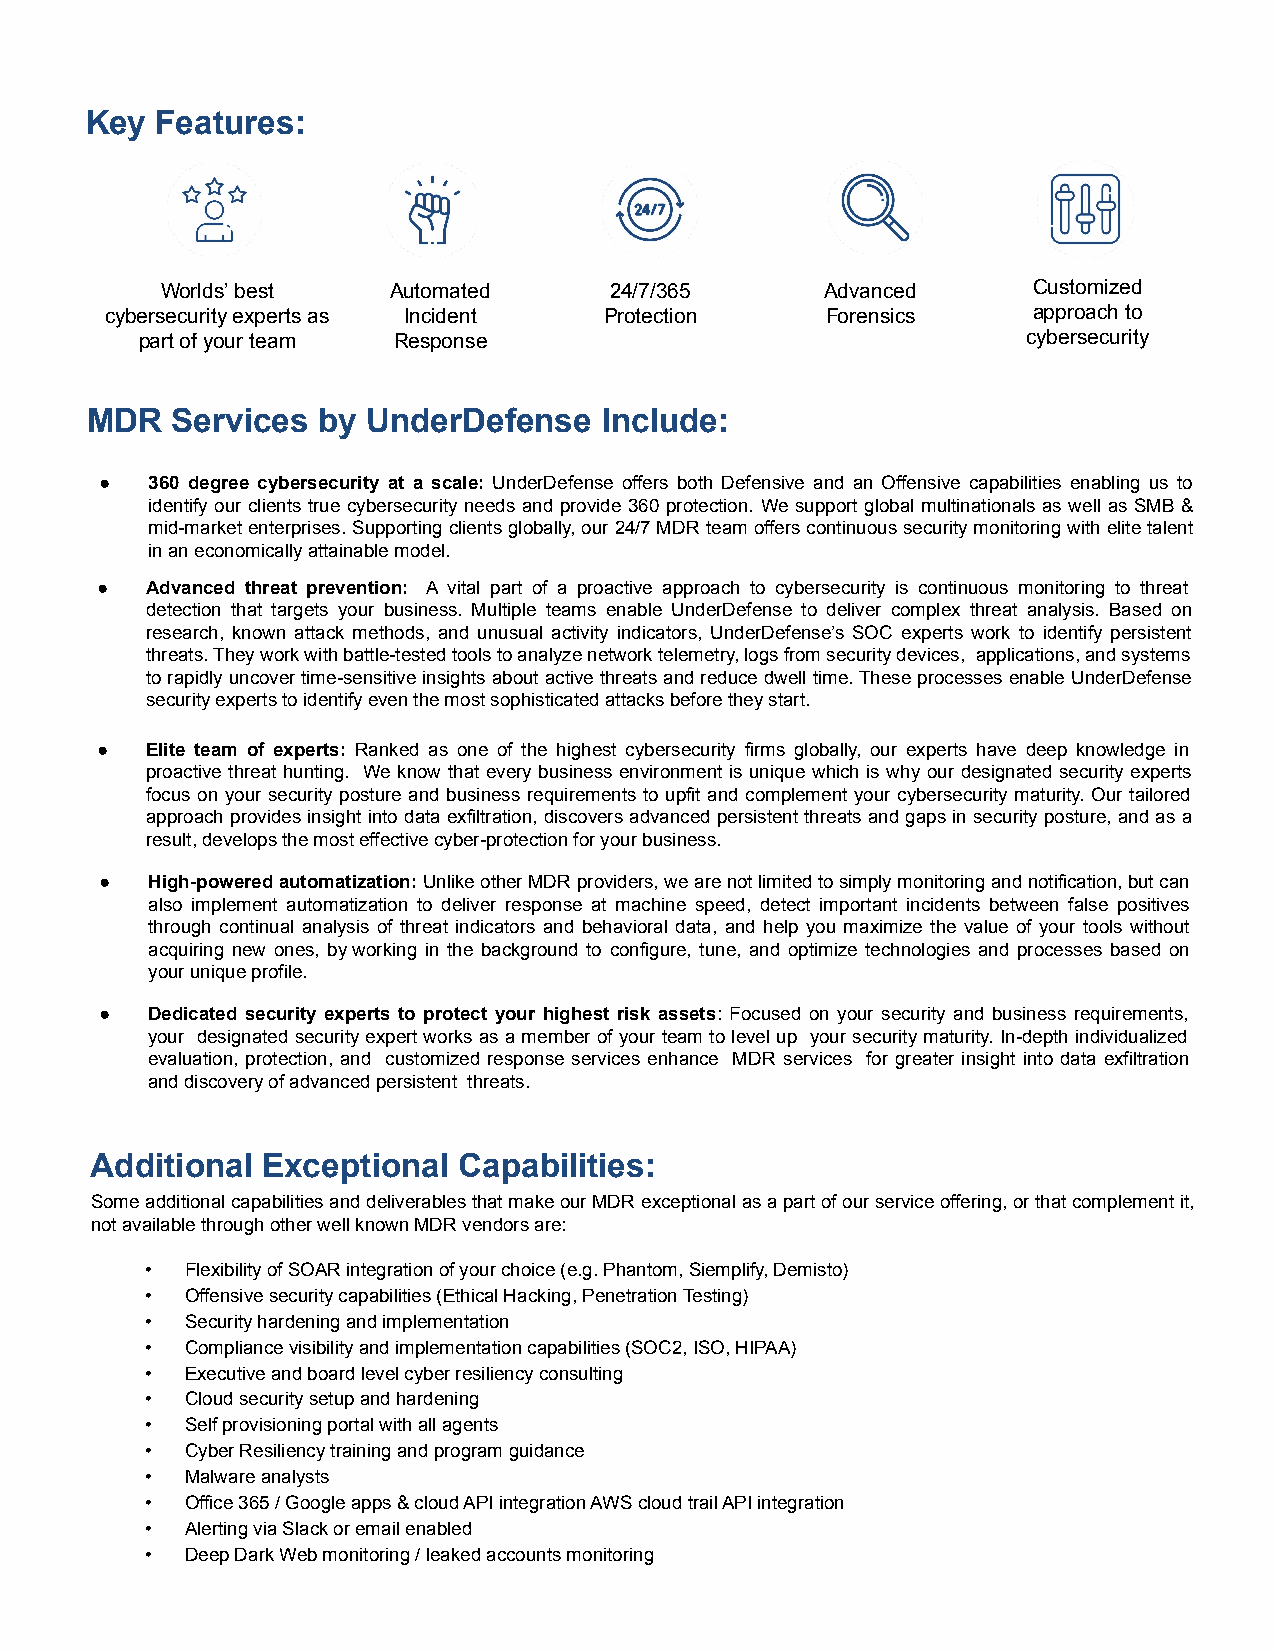
Key Features:
 Worlds’ best   Automated     24/7/365       Advanced     Customized
 cybersecurity experts as Incident Protection    Forensics    approach to
 part of your team Response                                 cybersecurity
 MDR  Services  by UnderDefense    Include:
 ●  360 degree cybersecurity at a scale: UnderDefense offers both Defensive and an Offensive capabilities enabling us to
 identify our clients true cybersecurity needs and provide 360 protection. We support global multinationals as well as SMB &
 mid-market enterprises. Supporting clients globally, our 24/7 MDR team offers continuous security monitoring with elite talent
 in an economically attainable model.
 ●   Advanced threat prevention: A vital part of a proactive approach to cybersecurity is continuous monitoring to threat
 detection that targets your business. Multiple teams enable UnderDefense to deliver complex threat analysis. Based on
 research, known attack methods, and unusual activity indicators, UnderDefense’s SOC experts work to identify persistent
 threats. They work with battle-tested tools to analyze network telemetry, logs from security devices, applications, and systems
 to rapidly uncover time-sensitive insights about active threats and reduce dwell time. These processes enable UnderDefense
 security experts to identify even the most sophisticated attacks before they start.
 ●   Elite team of experts: Ranked as one of the highest cybersecurity firms globally, our experts have deep knowledge in
 proactive threat hunting. We know that every business environment is unique which is why our designated security experts
 focus on your security posture and business requirements to upfit and complement your cybersecurity maturity. Our tailored
 approach provides insight into data exfiltration, discovers advanced persistent threats and gaps in security posture, and as a
 result, develops the most effective cyber-protection for your business.
 ●  High-powered automatization: Unlike other MDR providers, we are not limited to simply monitoring and notification, but can
 also implement automatization to deliver response at machine speed, detect important incidents between false positives
 through continual analysis of threat indicators and behavioral data, and help you maximize the value of your tools without
 acquiring new ones, by working in the background to configure, tune, and optimize technologies and processes based on
 your unique profile.
 ●  Dedicated security experts to protect your highest risk assets: Focused on your security and business requirements,
 your designated security expert works as a member of your team to level up your security maturity. In-depth individualized
 evaluation, protection, and customized response services enhance MDR services for greater insight into data exfiltration
 and discovery of advanced persistent threats.
 Additional Exceptional  Capabilities:
 Some additional capabilities and deliverables that make our MDR exceptional as a part of our service offering, or that complement it,
 not available through other well known MDR vendors are:
 • Flexibility of SOAR integration of your choice (e.g. Phantom, Siemplify, Demisto)
 • Offensive security capabilities (Ethical Hacking, Penetration Testing)
 • Security hardening and implementation
 • Compliance visibility and implementation capabilities (SOC2, ISO, HIPAA)
 • Executive and board level cyber resiliency consulting
 • Cloud security setup and hardening
 • Self provisioning portal with all agents
 • Cyber Resiliency training and program guidance
 • Malware analysts
 • Office 365 / Google apps & cloud API integration AWS cloud trail API integration
 • Alerting via Slack or email enabled
 • Deep Dark Web monitoring / leaked accounts monitoring